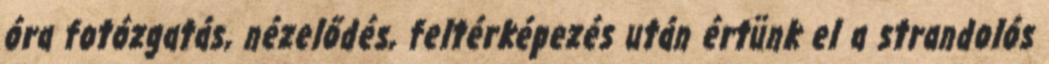
óra fotózgatás, nézelődés, feltérképezés után értünk el a strandolós